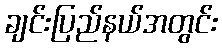
ချင်းပြည်နယ်အတွင်း